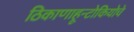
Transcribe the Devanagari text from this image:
ठिकाणाहून्टोकियोचे